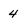
Character: 4